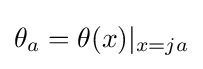
\theta _{a}=\theta (x)|_{x=ja}